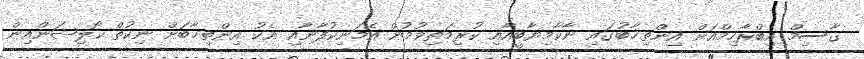
ޤާސިމް އިބްރާހިމްއަށް އިންތިޚާބުގައި ނާކާމިޔާބީއާއި ކުރިމަތިވުމުން އެމަނިކުފާނާއި އެކު އިންތިޚާބަށް ނިކުތް ކޯލިޝަންއިން